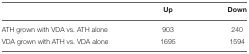
<table><thead><tr><td></td><td><b>Up</b></td><td><b>Down</b></td></tr></thead><tbody><tr><td>ATH grown with VDA vs. ATH alone</td><td>903</td><td>240</td></tr><tr><td>VDA grown with ATH vs. VDA alone</td><td>1695</td><td>1594</td></tr></tbody></table>